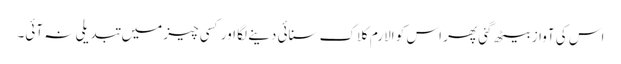
اس کی آواز بیٹھ گئی پھر اس کو الارم کلاک سنائی دینے لگا اور کسی چیز میں تبدیلی نہ آئی۔